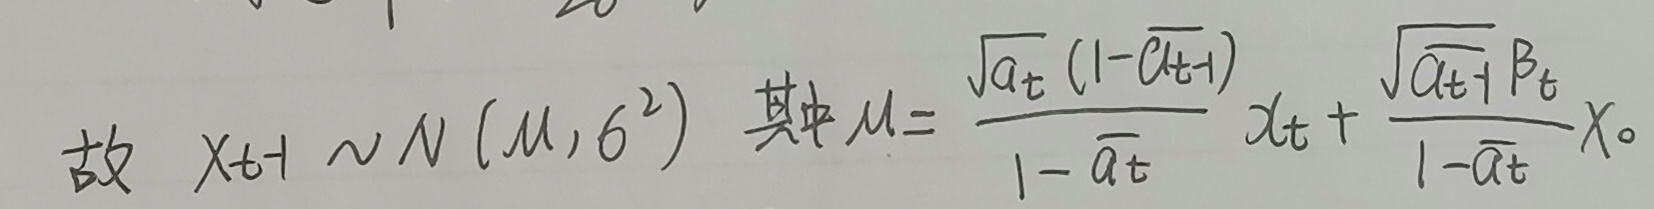
故 \( X_{t+1} \sim N(\mu, \sigma^{2}) \) 其中 \( \mu = \frac{\sqrt{\alpha_{t}}(1 - \overline{\alpha_{t+1}})}{1 - \overline{\alpha_{t}}}x_{t} + \frac{\sqrt{\overline{\alpha_{t+1}}}\beta_{t}}{1 - \overline{\alpha_{t}}}x_{0} \) 。